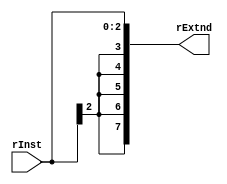
module ExtnSinal1(
    input [2:0] rInst,
    output [7:0] rExtnd
);
    reg [0:7] regout;
    always @(rInst or rExtnd)
    begin
        regout = {{5{rInst[2]}}, rInst[2:0]};
    end
    assign rExtnd = regout;

endmodule